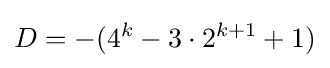
D=-(4^{k}-3\cdot 2^{k+1}+1)